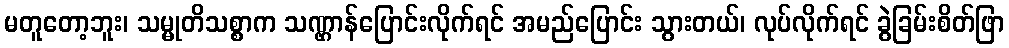
မတူတော့ဘူး၊ သမ္မုတိသစ္စာက သဏ္ဌာန်ပြောင်းလိုက်ရင် အမည်ပြောင်း သွားတယ်၊ လုပ်လိုက်ရင် ခွဲခြမ်းစိတ်ဖြာ